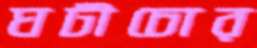
ঘটীচোর